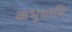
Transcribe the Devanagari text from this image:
कभूधावि